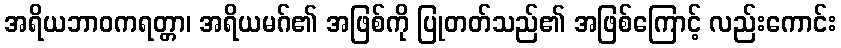
အရိယဘာဝကရတ္တာ၊ အရိယမဂ်၏ အဖြစ်ကို ပြုတတ်သည်၏ အဖြစ်ကြောင့် လည်းကောင်း